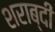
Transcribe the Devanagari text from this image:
शराब्दी